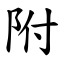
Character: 附